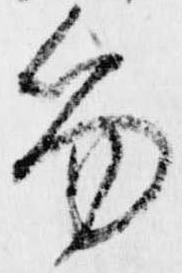
笏